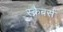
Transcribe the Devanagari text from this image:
स्क्रैबर्स